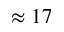
\approx 1 7